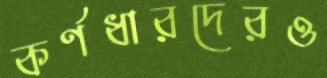
কর্ণধারদেরও